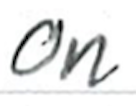
Text: on
Cross-out: clean
Writing tool: ballpoint